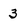
Character: 3